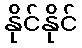
နိုင်နိုင်